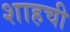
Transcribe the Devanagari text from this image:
शाहची